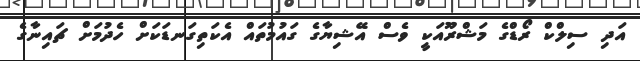
އަދި ސިލްކް ރޯޑްގެ މަޝްރޫއަކީ ވެސް އޭޝިޔާގެ ގައުމުތައް އެކަތިގަނޑަކަށް ހެދުމަށް ޗައިނާގެ